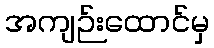
အကျဉ်းထောင်မှ